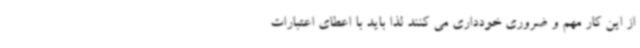
از این کار مهم و ضروری خودداری می کنند لذا باید با اعطای اعتبارات